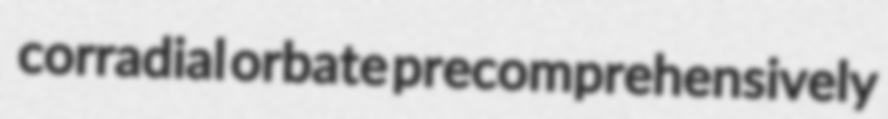
corradial orbate precomprehensively